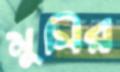
মুসির